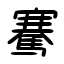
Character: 騫